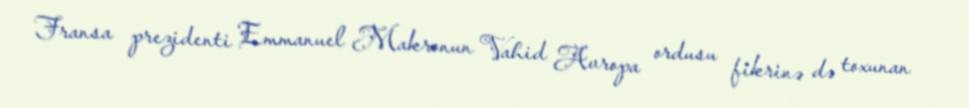
Fransa prezidenti Emmanuel Makronun Vahid Avropa ordusu fikrinə də toxunan